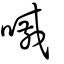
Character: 嘁